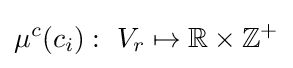
\mu ^{c}(c_{i}):~V_{r}\mapsto \mathbb {R} \times \mathbb {Z} ^{+}